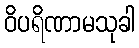
ဝိပရိဏာမသုခါ